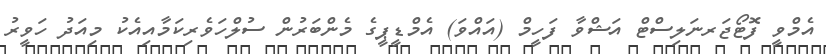
އެމްވީ ފޮޓޯޖަރނަލިސްޓް އަޝްވާ ފަހީމް (އައްވަ) އެމްޑީޕީގެ މެންބަރުން ސުލްހަވެރިކަމާއިއެކު މިއަދު ހަވީރު